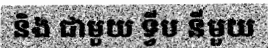
និង ជាមួយ ទ្វីប នីមួយ